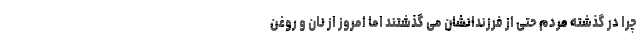
چرا در گذشته مردم حتی از فرزندانشان می گذشتند اما امروز از نان و روغن